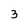
Character: 3